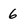
Character: 6